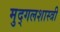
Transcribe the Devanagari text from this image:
मुद्गलशास्त्री